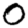
Digit: 0